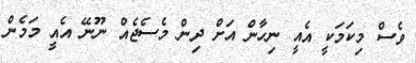
ވެސް މިކަމަކީ އެއީ ނިހާން އަށް ދިން މެސެޖެއް ނޫނޭ އެއީ މަމެން